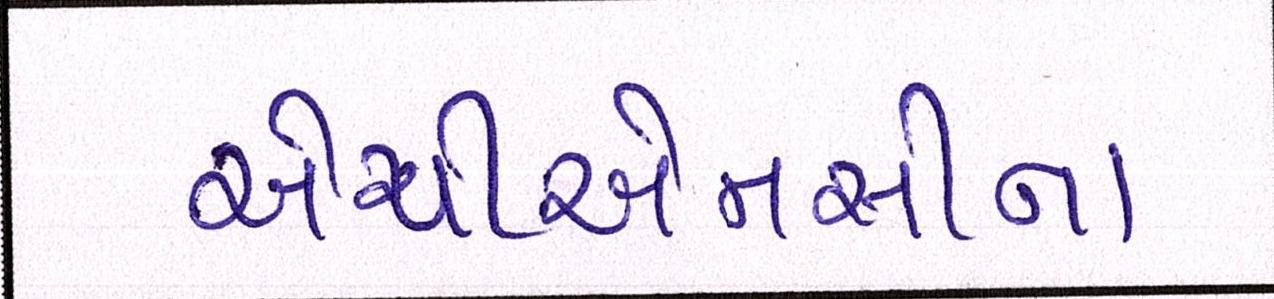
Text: એપીએમસીના